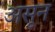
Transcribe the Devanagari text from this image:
असून